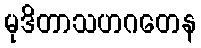
မုဒိတာသဟဂတေန